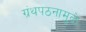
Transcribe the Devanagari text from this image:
ग्रंथपठनामुळे